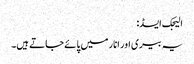
الیجک ایسڈ:
یہ بیری اور انار میں پائے جاتے ہیں۔